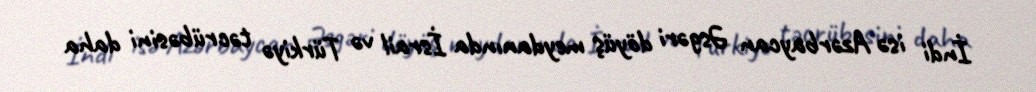
İndi isə Azərbaycan Əsgəri döyüş meydanında İsrail və Türkiyə təcrübəsini daha